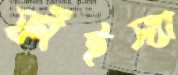
ফাঁইস্যা